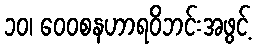
၁၀၊ ဝေဝစနဟာရဝိဘင်းအဖွင့်